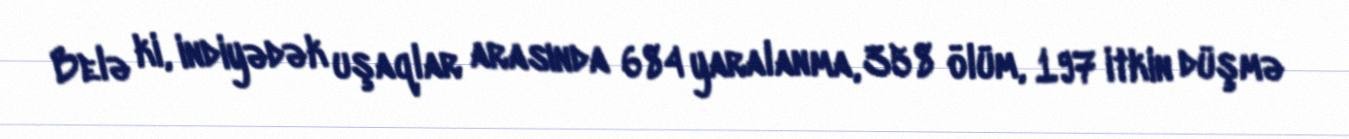
Belə ki, indiyədək uşaqlar arasında 684 yaralanma, 358 ölüm, 197 itkin düşmə